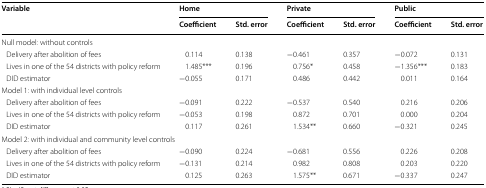
| <ROWSPAN=2> Variable | <COLSPAN=2> Home | <COLSPAN=2> Private | <COLSPAN=2> Public |
 | Coefficient | Std. error | Coefficient | Std. error | Coefficient | Std. error |
 | --- | --- | --- | --- | --- | --- | --- |
 | <COLSPAN=7> Null model: without controls |
 | Delivery after abolition of fees | 0.114 | 0.138 | −0.461 | 0.357 | −0.072 | 0.131 |
 | Lives in one of the 54 districts with policy reform | 1.485*** | 0.196 | 0.756* | 0.458 | −1.356*** | 0.183 |
 | DID estimator | −0.055 | 0.171 | 0.486 | 0.442 | 0.011 | 0.164 |
 | <COLSPAN=7> Model 1: with individual level controls |
 | Delivery after abolition of fees | −0.091 | 0.222 | −0.537 | 0.540 | 0.216 | 0.206 |
 | Lives in one of the 54 districts with policy reform | −0.053 | 0.198 | 0.872 | 0.701 | 0.000 | 0.204 |
 | DID estimator | 0.117 | 0.261 | 1.534** | 0.660 | −0.321 | 0.245 |
 | <COLSPAN=7> Model 2: with individual and community level controls |
 | Delivery after abolition of fees | −0.090 | 0.224 | −0.681 | 0.556 | 0.226 | 0.208 |
 | Lives in one of the 54 districts with policy reform | −0.131 | 0.214 | 0.982 | 0.808 | 0.203 | 0.220 |
 | DID estimator | 0.125 | 0.263 | 1.575** | 0.671 | −0.337 | 0.247 |